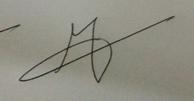
Signature authenticity: genuine